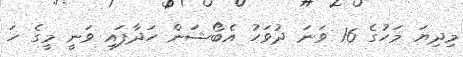
މިދިޔަ މަހުގެ 16 ވަނަ ދުވަހު އެބޯޝަން ހަދާފައި ވަނީ މީގެ ހަ